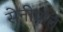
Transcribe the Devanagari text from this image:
सेनीपति